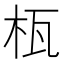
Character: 𣐎